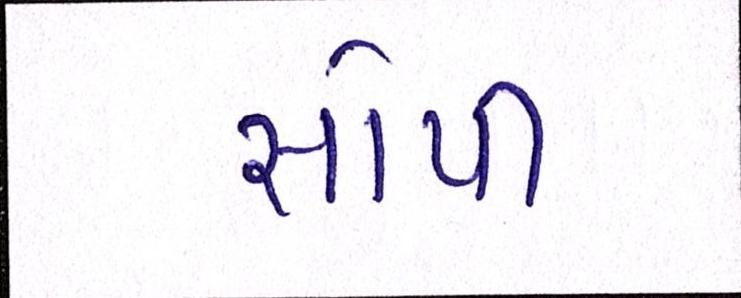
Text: સોપી